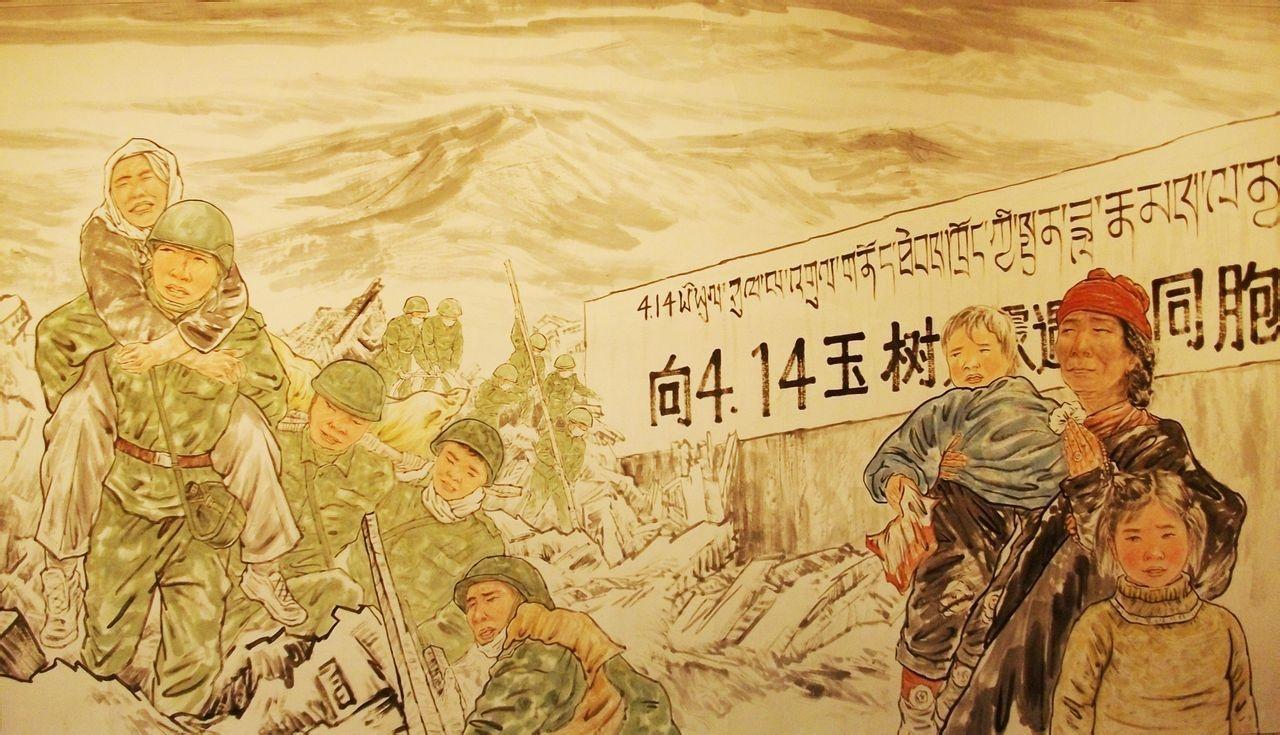
歌沉玉树，古寺空有疏钟发。